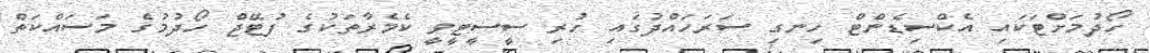
ހޯދުމަށްޓަކައި އެކްސިޑެންޓް ހިނގި ސަރަހައްދުގައި ހުރި ސީސީޓީވީ ކެމެރާތަކުގެ ފުޓޭޖް ހޯދުމުގެ މަސައްކަތް